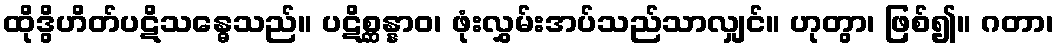
ထိုဒွိဟိတ်ပဋိသန္ဓေသည်။ ပဋိစ္ဆန္နာဝ၊ ဖုံးလွှမ်းအပ်သည်သာလျှင်။ ဟုတွာ၊ ဖြစ်၍။ ဂတာ၊